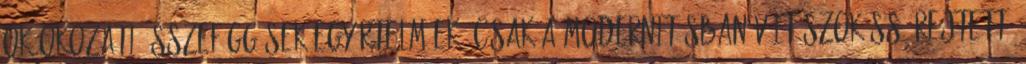
ok-okozati összefüggések egyértelműek. Csak a modernitásban vált szokássá rejtett,